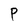
Character: P